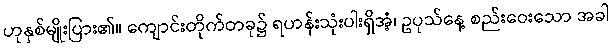
ဟုနှစ်မျိုးပြား၏။ ကျောင်းတိုက်တခု၌ ရဟန်းသုံးပါးရှိအံ့၊ ဥပုသ်နေ့ စည်းဝေးသော အခါ